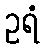
ဥရံ